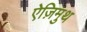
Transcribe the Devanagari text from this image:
ऐज़िमुथ